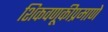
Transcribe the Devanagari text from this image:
शिकवणूकीप्रमाणे